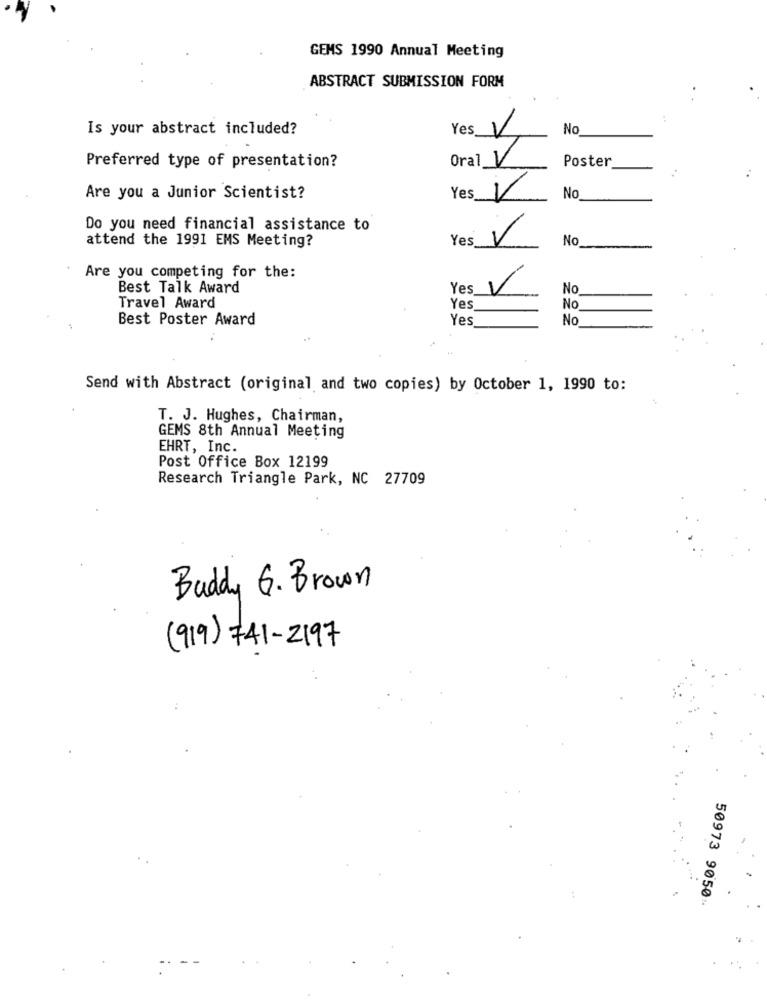
GEMS 1990 Annual Meeting
ABSTRACT SUBMISSION FORM
Is your abstract included?
Yes V
No
Oral V
Poster
Preferred type of presentation?
Are you a Junior Scientist?
Yes
No
Do you need financial assistance to
attend the 1991 EMS Meeting?
Yes
No
Are you competing for the:
Best Talk Award
Yes
V
No
Travel Award
Yes
No
Best Poster Award
Yes
No
Send with Abstract (original and two copies) by October 1, 1990 to:
T. J. Hughes, Chairman,
GEMS 8th Annual Meeting
EHRT, Inc.
Post Office Box 12199
Research Triangle Park, NC 27709
Buddy G. Brown
(919) 741-2197
50973 9050-